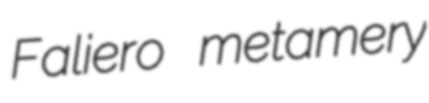
Faliero metamery